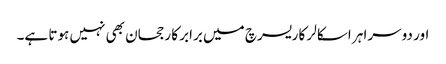
اور دوسرا ہر اسکالر کا ریسرچ میں برابر کا رجحان بھی نہیں ہوتا ہے۔